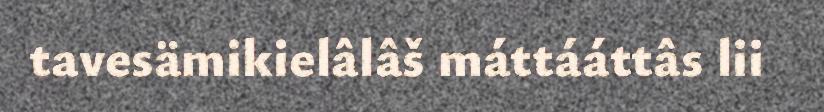
tavesämikielâlâš máttááttâs lii